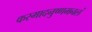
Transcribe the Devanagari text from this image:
कस्मादनुष्णमनलं